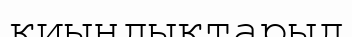
қиындықтарыд